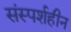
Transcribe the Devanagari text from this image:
संस्पर्शहीन